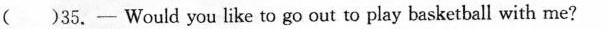
( )35.- Would you like to go out to play basketball with me?